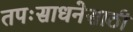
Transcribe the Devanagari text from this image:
तपःसाधनेसाठी